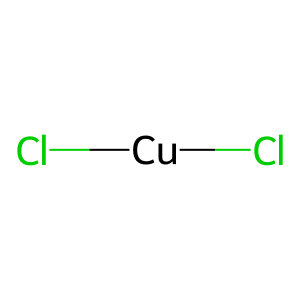
SMILES: Cl[Cu]Cl
Inhibits HIV replication: No